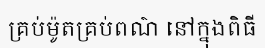
គ្រប់ម៉ូតគ្រប់ពណ៌ នៅក្នុងពិធី